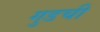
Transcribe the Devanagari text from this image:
गुडची